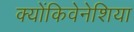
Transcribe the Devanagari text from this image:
क्योंकिवेनेशिया